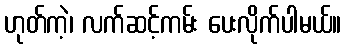
ဟုတ်ကဲ့၊ လက်ဆင့်ကမ်း ပေးလိုက်ပါမယ်။